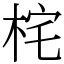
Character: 㭦